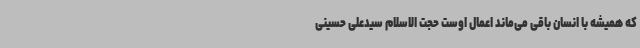
که همیشه با انسان باقی می‌ماند اعمال اوست حجت الاسلام سیدعلی حسینی